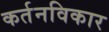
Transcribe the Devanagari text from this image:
कर्तनविकार